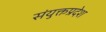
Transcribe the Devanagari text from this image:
संयुक्तप्रदेश